Indian journal of veterinary science and animal husbandry - Volume 8,
Year: 1938
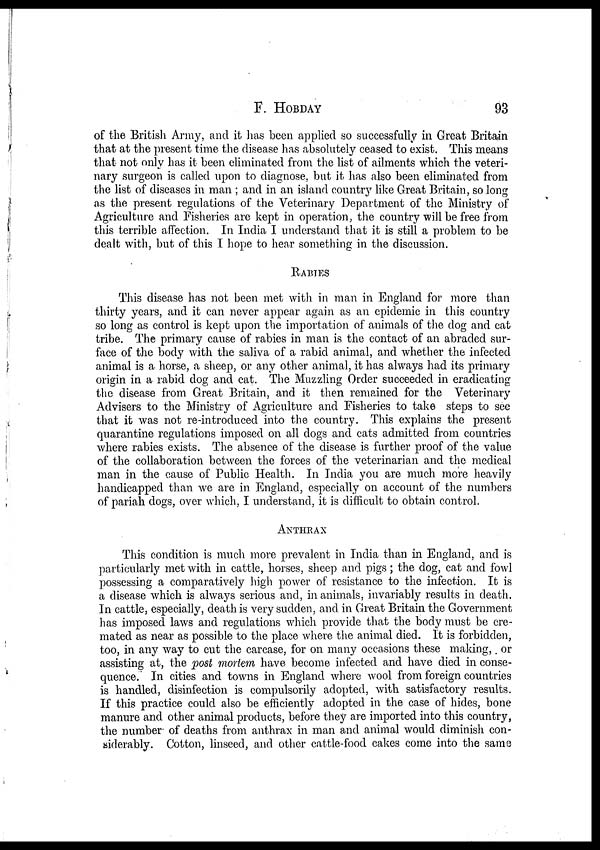
F.
HOBDAY
93
of the British Army, and it has been applied so successfully in Great Britain
that at the present time the disease has absolutely ceased to exist. This means
that not only has it been eliminated from the list of ailments which the veteri-
nary surgeon is called upon to diagnose, but it has also been eliminated from
the list of diseases in man ; and in an island country like Great Britain, so long
as the present regulations of the Veterinary Department of the Ministry of
Agriculture and Fisheries are kept in operation, the country will be free from
this terrible affection. In India I understand that it is still a problem to be
dealt with, but of this I hope to hear something in the discussion.
RABIES
This disease has not been met with in man in England for more than
thirty years, and it can never appear again as an epidemic in this country
so long as control is kept upon the importation of animals of the dog and cat
tribe. The primary cause of rabies in man is the contact of an abraded sur-
face of the body with the saliva of a rabid animal, and whether the infected
animal is a horse, a sheep, or any other animal, it has always had its primary
origin in a rabid dog and cat. The Muzzling Order succeeded in eradicating
the disease from Great Britain, and it then remained for the Veterinary
Advisers to the Ministry of Agriculture and Fisheries to take steps to see
that it was not re-introduced into the country. This explains the present
quarantine regulations imposed on all dogs and cats admitted from countries
where rabies exists. The absence of the disease is further proof of the value
of the collaboration between the forces of the veterinarian and the medical
man in the cause of Public Health. In India you are much more heavily
handicapped than we are in. England, especially on account of the numbers
of pariah dogs, over which, I understand, it is difficult to obtain control.
ANTHRAX
This condition is much more prevalent in India than in England, and is
particularly met with in cattle, horses, sheep and pigs; the dog, cat and fowl
possessing a comparatively high power of resistance to the infection. It is
a disease which is always serious and, in animals, invariably results in death.
In cattle, especially, death is very sudden, and in Great Britain the Government
has imposed laws and regulations which provide that the body must be cre-
mated as near as possible to the place where the animal died. It is forbidden,
too, in any way to cut the carcase, for on many occasions these making,. or
assisting at, the post mortem have become infected and have died in conse-
quence. In cities and towns in England where wool from foreign countries
is handled, disinfection is compulsorily adopted, with satisfactory results.
If this practice could also be efficiently adopted in the case of hides, bone
manure and other animal products, before they are imported into this country,
the number of deaths from anthrax in man and animal would diminish con-
siderably. Cotton, linseed, and other cattle-food cakes come into the same